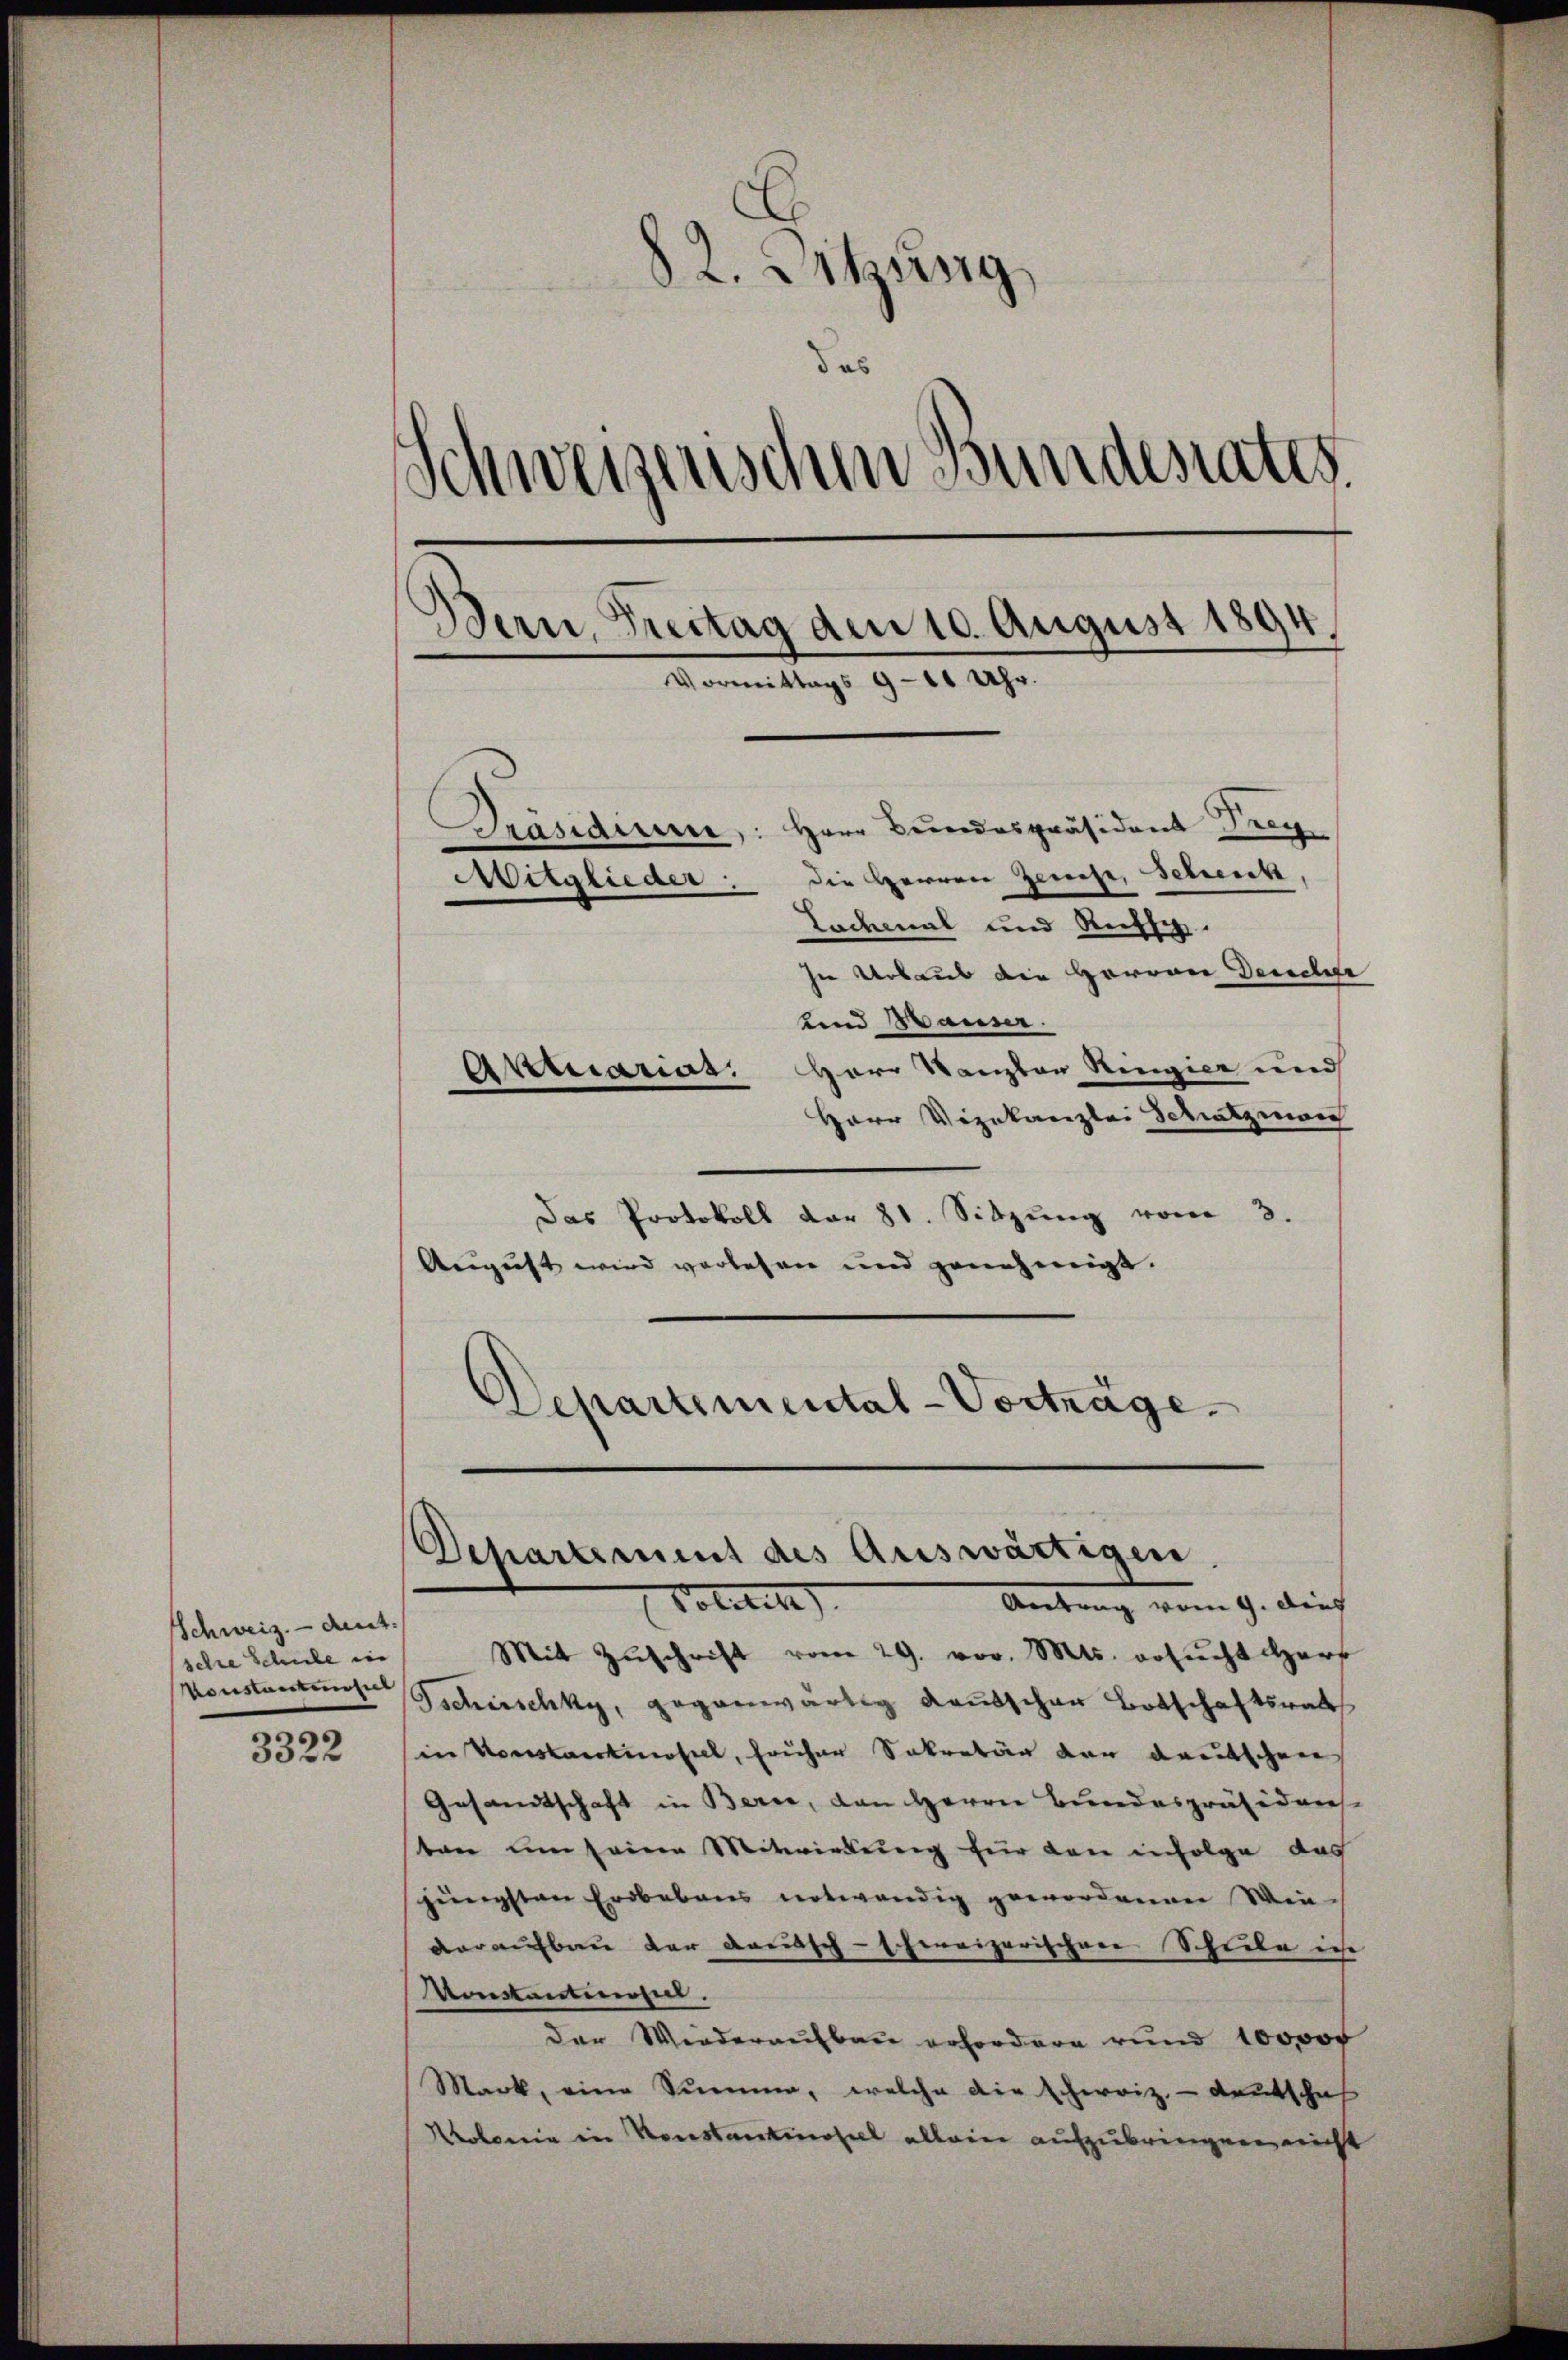
Schweiz. — dat.
sehre Schule in
Konstantumseel

3322

82. Dikung
das
Schweizerischen Bundesrates.
.
Bern, Freitag am 10. August 1894.
Vormittags 9-10 Uhr
Präsidium: Herr Bundespräsident Frey
die Herren Genese, Schenk,
Mitglieder
Lochmal und Russi
In Urbaus die Herren Deucher
und Hauser.
Aktuarius. HHerr Kanton Ringier und

Herr Vizekanzlei Schatzman
Das Protokoll dar 81. Sitzŭng vom 3.
August wird verlesen und genehmigt.
Departemental-Vorträge.

Departement des Auswärtigen

Politi
v. 9. die
Mit Zŭschrift vom 29. vor. Mts. ersucht Herr
Tschirschky, gegenwärtig Kautschen Botschaftsrat
in Vorstantinopel, früher Sekretär der deutschen
Gesandtschaft in Berne, den Herrn Bundespräsidens
tan um seine Mitwirkung für den infolge das
jüngsten Erdbebaus notwendig gewordenen Win-
daraufbau der Kautsch-Ehereizerischen Schiebe in
Konstantiesen.
der Wiederaufbau erfordere rund 100000
Mark, eine Summe, welche die scheroiz.- Deutschaf
Kolonie in Konstantinopel allein aufzubringen nicht